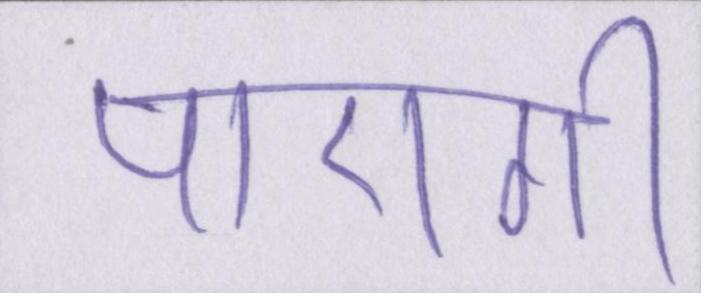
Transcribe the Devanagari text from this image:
पाएगी